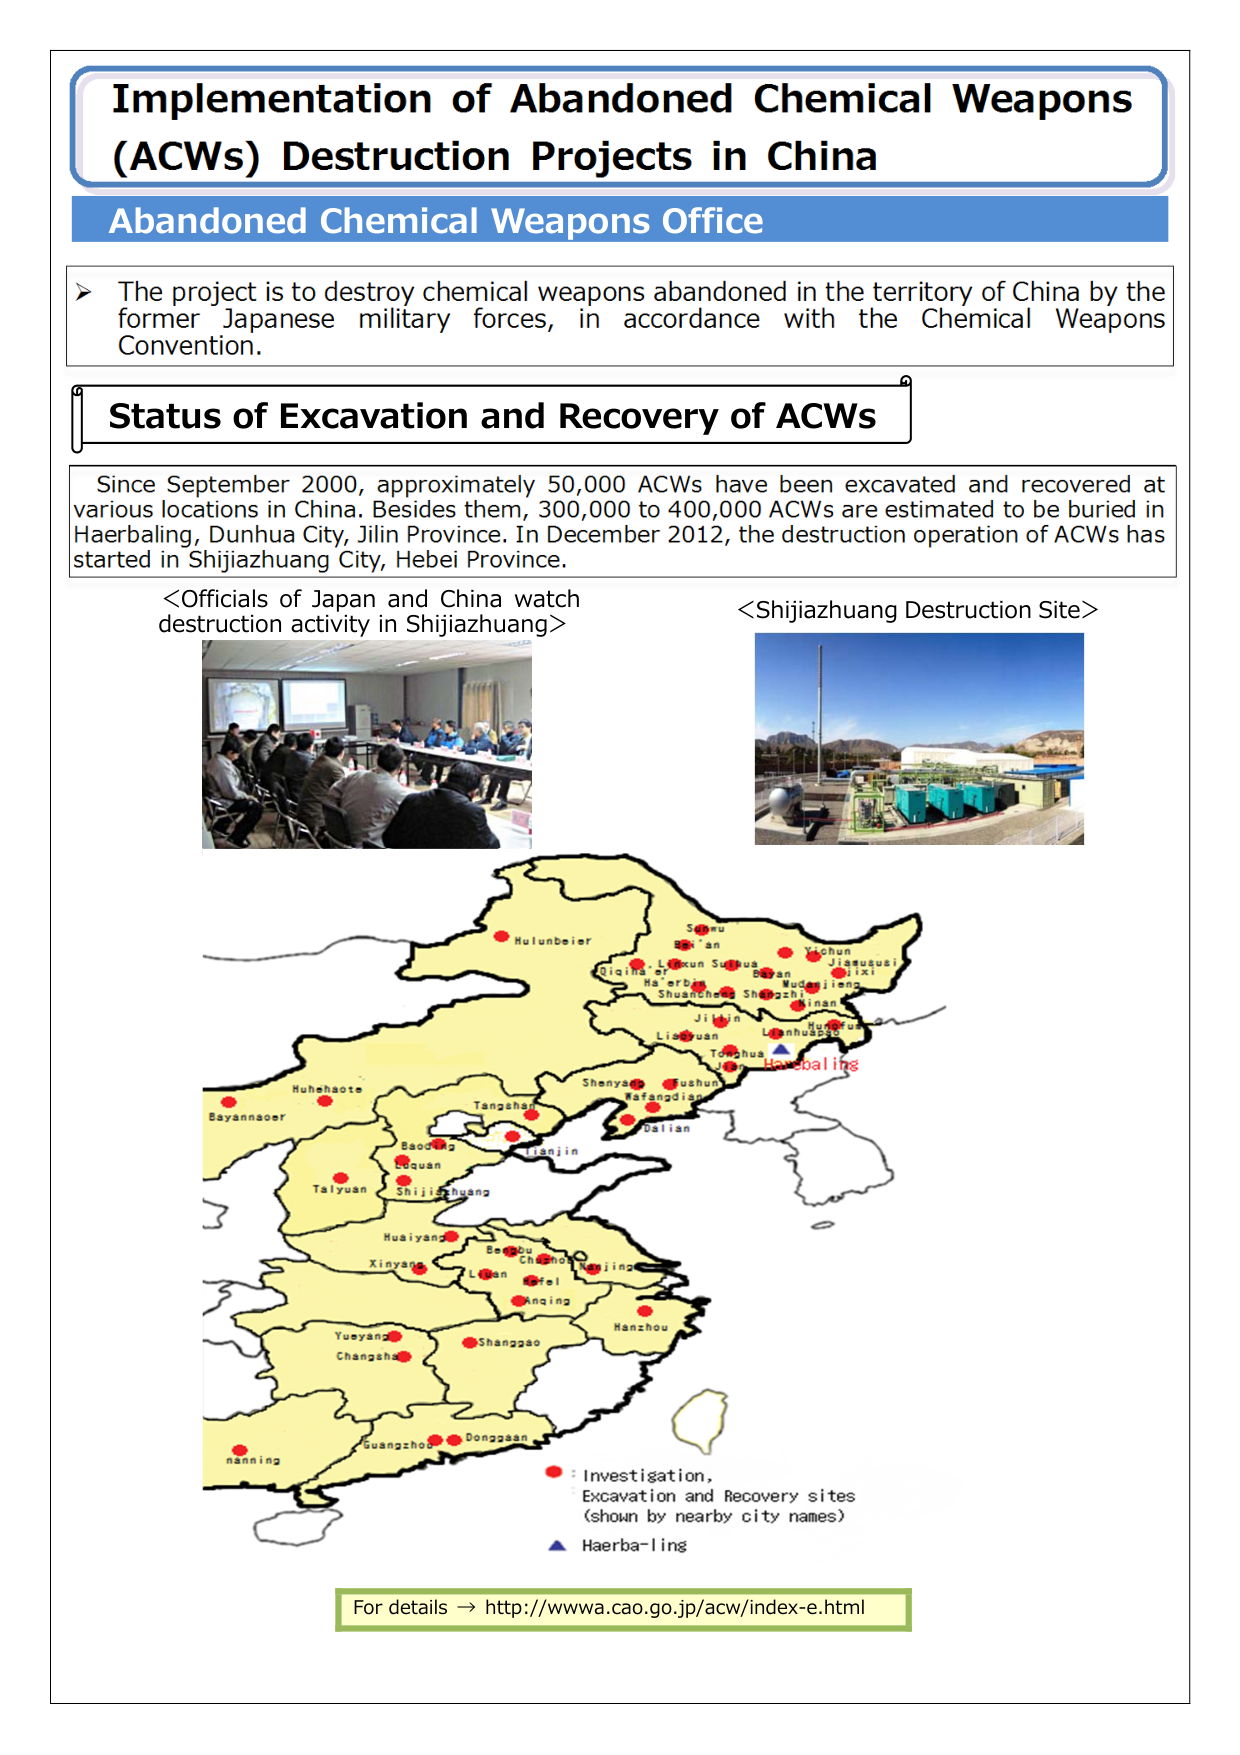
Implementation of Abandoned Chemical Weapons (ACWs) Destruction Projects in China
Abandoned Chemical Weapons Office
➤ The project is to destroy chemical weapons abandoned in the territory of China by the former Japanese military forces, in accordance with the Chemical Weapons Convention.
Status of Excavation and Recovery of ACWs
Since September 2000, approximately 50,000 ACWs have been excavated and recovered at various locations in China. Besides them, 300,000 to 400,000 ACWs are estimated to be buried in Haerbalng, Dunhua City, Jilin Province. In December 2012, the destruction operation of ACWs has started in Shijiazhuang City, Hebei Province.
<Officials of Japan and China watch destruction activity in Shijiazhuang>
<Shijiazhuang Destruction Site>
Hulunbeier
Sogru
Bai'an
Yichun
Jiamusi
Qiqihar
Lishun
Suihua
Bayan
Mudanjiang
Ha'erbin
Shuangcheng
Shangzhi
Jilin
Liaoyuan
Lianhuashan
Yushu
Tonghua
Jilin
Haerbalng
Huhehaote
Shenyang
Fushun
Wafangdian
Dalian
Bayannaoer
Tangshan
Baoding
Tianjin
Luquan
Shijiazhuang
Taiyuan
Huiyang
Beibu
Changsha
Nanjing
Xinyang
Lian
Hefei
Anqing
Yueyang
Changsha
Shangqiao
Hangzhou
nanning
Guangzhou
Dongguan
: Investigation, Excavation and Recovery sites (shown by nearby city names)
▲ Haerba-ling
For details → http://wwwa.cao.go.jp/acw/index-e.html